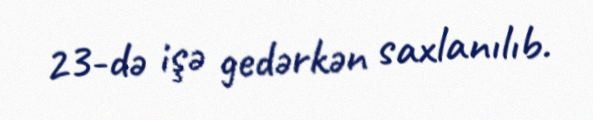
23-də işə gedərkən saxlanılıb.